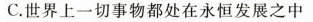
C.世界上一切事物都处在永恒发展之中